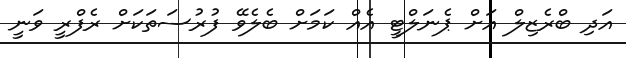
އަދި ބްރެޒިލް އަށް ޕެނަލްޓީ އެއް ކަމަށް ބެލެވޭ ފުރުސަތަކަށް ރެފްރީ ވަނީ